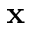
\textbf { x }